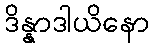
ဒိန္နာဒါယိနော